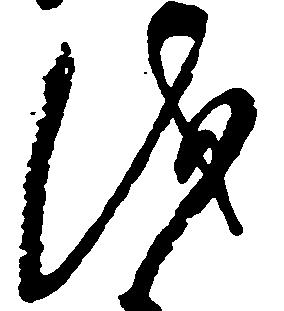
儀